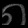
Digit: ၈